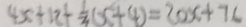
4 x + 1 2 + \frac { 1 } { 3 } ( x + 4 ) = 2 0 x + 7 c